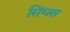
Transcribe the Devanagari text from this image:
सिंघस